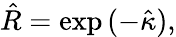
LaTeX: \begin{array}{r}{\hat{R}=\exp{(-\hat{\kappa})},}\end{array}